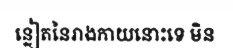
ន្លៀតនៃរាងកាយនោះទេ មិន